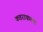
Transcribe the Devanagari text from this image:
कडराकल्पा